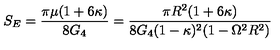
S _ { E } = \frac { \pi \mu ( 1 + 6 \kappa ) } { 8 G _ { 4 } } = \frac { \pi R ^ { 2 } ( 1 + 6 \kappa ) } { 8 G _ { 4 } ( 1 - \kappa ) ^ { 2 } ( 1 - \Omega ^ { 2 } R ^ { 2 } ) }